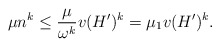
\begin{align*} \mu n^k \leq \frac{\mu}{\omega^k} v(H')^k = \mu_1 v(H')^k.\end{align*}